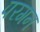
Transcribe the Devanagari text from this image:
परगन